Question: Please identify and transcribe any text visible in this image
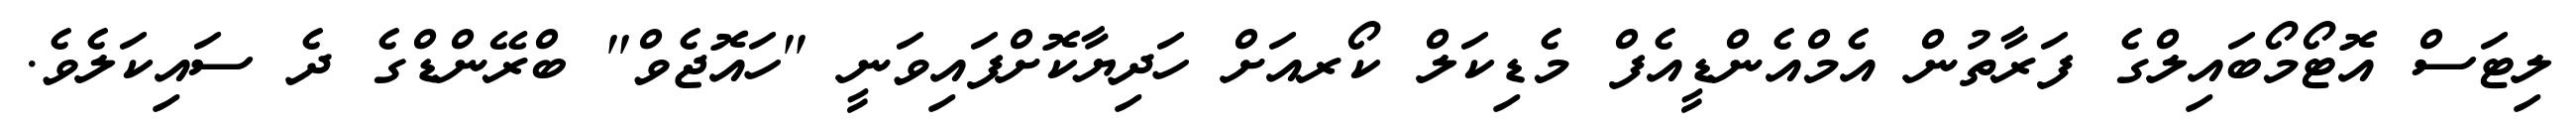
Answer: ލިޓަސް އޮޓޯމޯބައިލްގެ ފަރާތުން އެމްއެންޑީއެފް މެޑިކަލް ކޯރއަށް ހަދިޔާކޮށްފައިވަނީ "ހައޮޖެވް" ބްރޭންޑްގެ ދެ ސައިކަލެވެ.